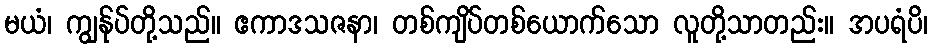
မယံ၊ ကျွန်ုပ်တို့သည်။ ဧကာဒသဇနာ၊ တစ်ကျိပ်တစ်ယောက်သော လူတို့သာတည်း။ အပရံပိ၊